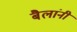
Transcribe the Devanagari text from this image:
बैलांनी